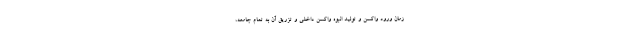
زمان ورود واکسن و تولید انبوه واکسن داخلی و تزریق آن به تمام جامعه،